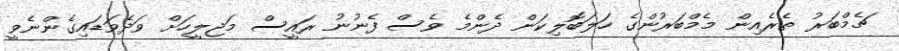
ޗެމްބަރު ތެރެއިން މެމްބަރުންގެ ހަލަބޮލިކަން ދެންމެ ވެސް ފެނުނު ރައީސް މަޖލީހަށް ވަދެވަޑައިގެންނެވީ